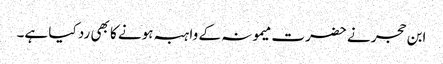
ابن حجر نے حضرت میمونہ کے واہبہ ہونے کا بھی رد کیا ہے۔